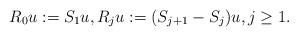
LaTeX: \begin{align*} R_0 u := S_1 u, R_j u := (S_{j+1} - S_j) u, j \geq 1.\end{align*}